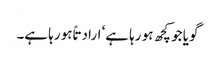
گویا جو کچھ ہو رہا ہے‘ ارادتاً ہو رہا ہے۔